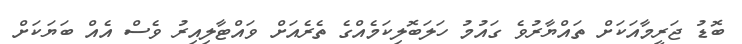
ބޮޑު ޖަރީމާއަކަށް ތައްޔާރުވެ ގައުމު ހަލަބޮލިކަމެއްގެ ތެރެއަށް ވައްޓާލިއިރު ވެސް އެއް ބަޔަކަށް